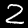
Label: 2